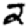
Digit: 2